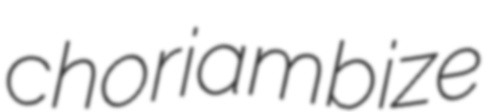
choriambize